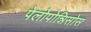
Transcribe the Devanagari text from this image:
पेलोपोन्निसोस